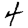
Digit: 4